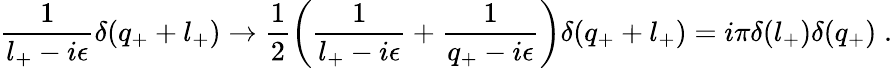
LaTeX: \frac{1}{l_{+}-i\epsilon}\delta(q_{+}+l_{+})\to\frac{1}{2}\left(\frac{1}{l_{+}-i\epsilon}+\frac{1}{q_{+}-i\epsilon}\right)\delta(q_{+}+l_{+})=i\pi\delta(l_{+})\delta(q_{+})\; .